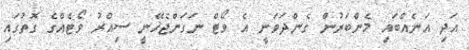
އަދި އަނެއްބައި މެންބަރުން ގެންދަވަނީ އެ ވޯޓް ނަގަންޖެހޭނީ ސިއްރު ވޯޓެއްގެ ގޮތުގައި